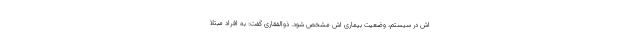
اش در سیستم، وضعیت بیماری اش مشخص شود. ذوالفقاری گفت: به افراد مبتلا